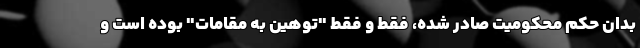
بدان حکم محکومیت صادر شده، فقط و فقط "توهین به مقامات" بوده است و